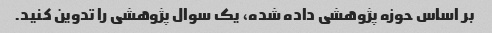
بر اساس حوزه پژوهشی داده شده، یک سوال پژوهشی را تدوین کنید.